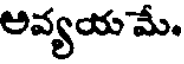
అవ్యయ మే.